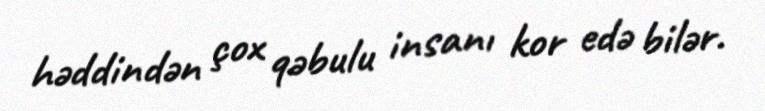
həddindən çox qəbulu insanı kor edə bilər.